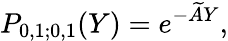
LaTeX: P_{0,1;0,1}(Y)=e^{-\widetilde AY},